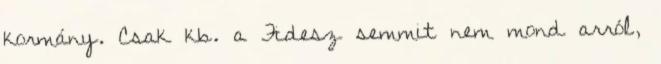
kormány. Csak kb. a Fidesz semmit nem mond arról,